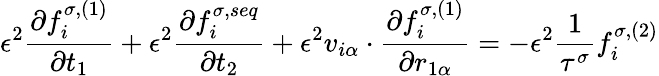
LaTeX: \epsilon^{2}\frac{\partial f_{i}^{\sigma,(1)}}{\partial t_{1}}+\epsilon^{2}\frac{\partial f_{i}^{\sigma,seq}}{\partial t_{2}}+\epsilon^{2}v_{i\alpha}\cdot\frac{\partial f_{i}^{\sigma,(1)}}{\partial r_{1\alpha}}=-\epsilon^{2}\frac{1}{\tau^{\sigma}}f_{i}^{\sigma,(2)}